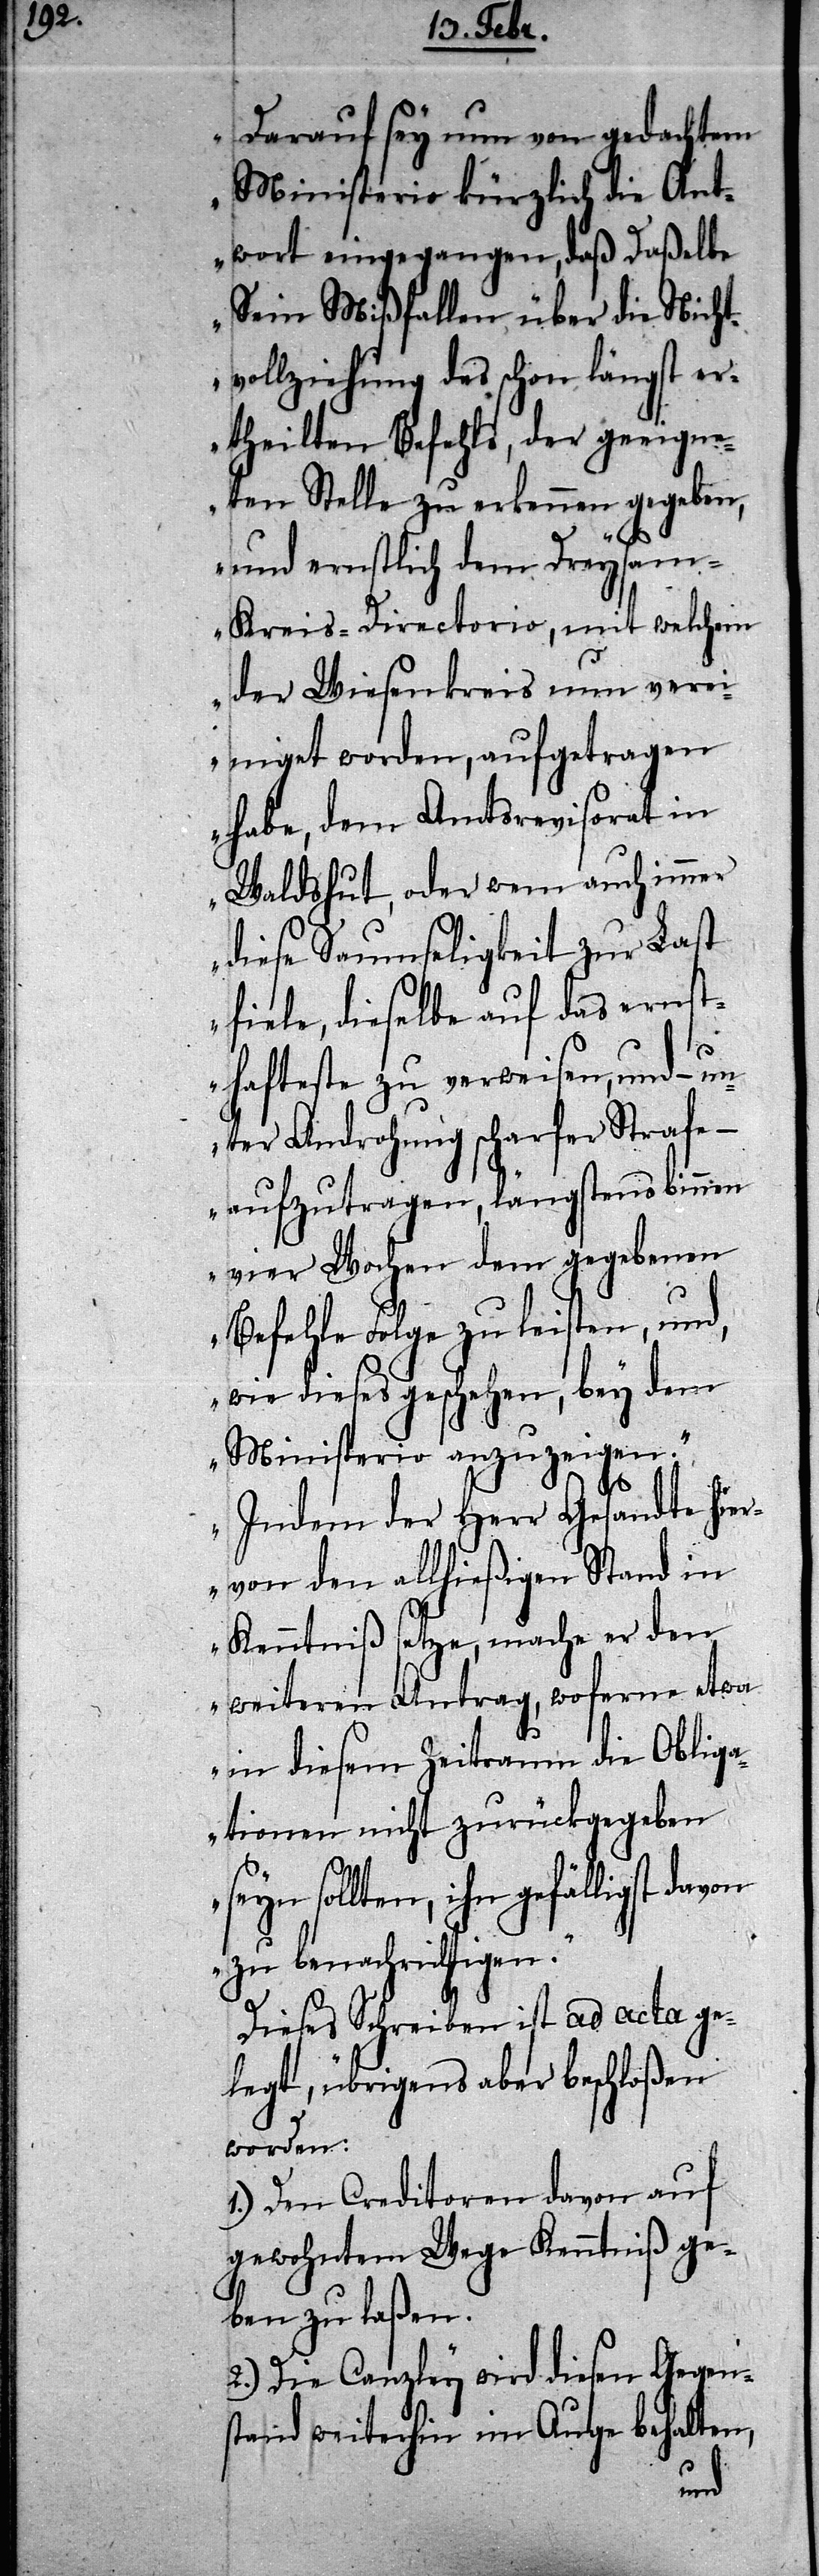
Darauf sey nun von gedachtem
Ministerio kürzlich die Ant¬
wort eingegangen, daß Daßelbe
Sein Mißfallen über die Nicht¬
vollziehung des schon längst e¬
rtheilten Befehls, der geeigne¬
ten Stelle zu erkennen gegeben,
und ernstlich dem Dreysa¬
m-Kreis-Directorio, mit welchem
der Wiesenkreis nun vere¬
iniget worden, aufgetragen
habe, dem Amtsrevisorat in
Waldshut, oder wem auch immer
diese Saumseligkeit zur Last
fiele, dieselbe auf das ernst¬
hafteste zu verweisen, und – un¬
ter Androhung scharfer Strafe –
aufzutragen, längstens binnen
vier Wochen dem gegebenen
Befehle Folge zu leisten, und,
wie dieses geschehen, bey dem
Ministerio anzuzeigen.
Indem der Herr Gesandte hier¬
von den allhießigen Stand in
Kenntniß setze, mache er den
weiteren Antrag, woferne etwa
in diesem Zeitraum die Oblig¬
ationen nicht zurückgegeben
sollten, ihn gefälligst dav¬
zu benachrichtigen.“
Dieses Schreiben ist ad acta ge¬
legt, übrigens aber beschloßen
worden:
1.) Den Creditoren davon auf
gewohntem Wege Kenntniß ge¬
ben zu laßen.
2.) Die Canzley wird diesen Gegen¬
stand weiterhin im Auge behalten,
on